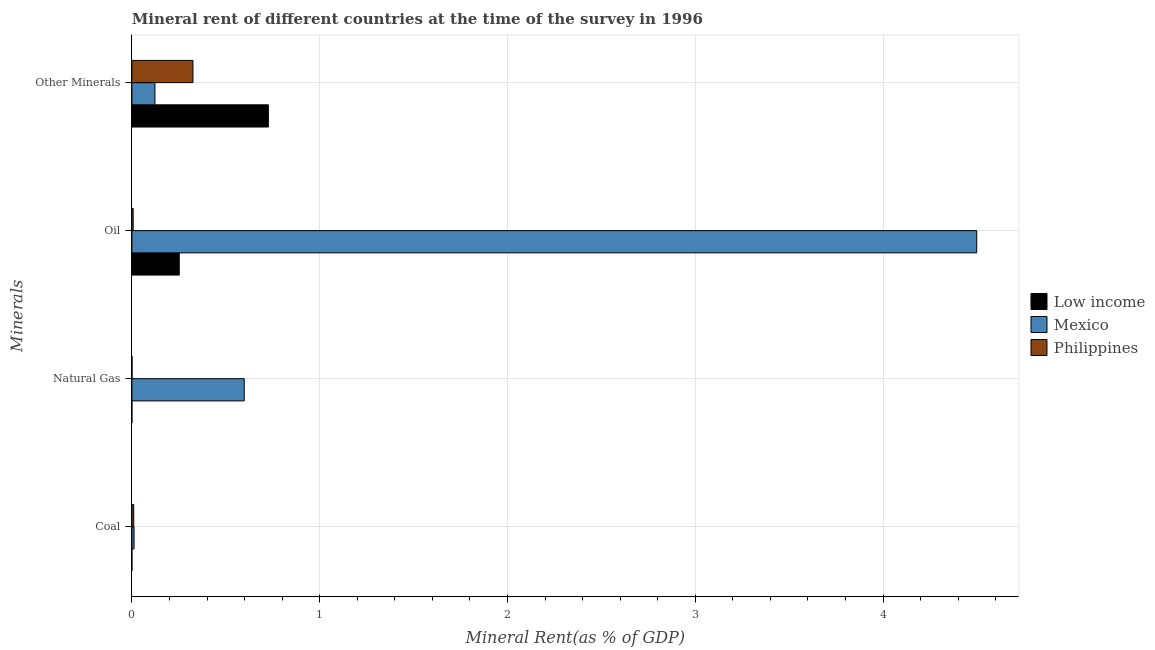
| Minerals | Low income | Mexico | Philippines |
 | --- | --- | --- | --- |
 | Coal | 7.58e-05 | 0.0116 | 0.00985 |
 | Natural Gas | 3.68e-05 | 0.598 | 0.000867 |
 | Oil | 0.252 | 4.5 | 0.0069 |
 | Other Minerals | 0.727 | 0.123 | 0.325 |